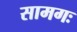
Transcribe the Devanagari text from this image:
सामगः